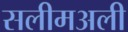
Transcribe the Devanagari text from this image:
सलीमअली